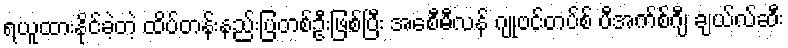
ရယူထားနိုင်ခဲ့တဲ့ ထိပ်တန်းနည်းပြတစ်ဦးဖြစ်ပြီး အေစီမီလန် ဂျုဗင်တပ်စ် ပီအက်စ်ဂျီ ချယ်လ်ဆီး